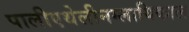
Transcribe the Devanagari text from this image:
पालीएथेलीनग्लायिकाल